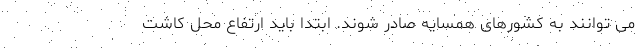
می توانند به کشورهای همسایه صادر شوند. ابتدا باید ارتفاع محل کاشت